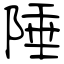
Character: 陲